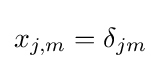
x_{j,m}=\delta _{jm}